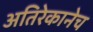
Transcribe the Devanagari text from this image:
अतिरेकानेच